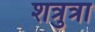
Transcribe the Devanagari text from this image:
शत्रुत्रा